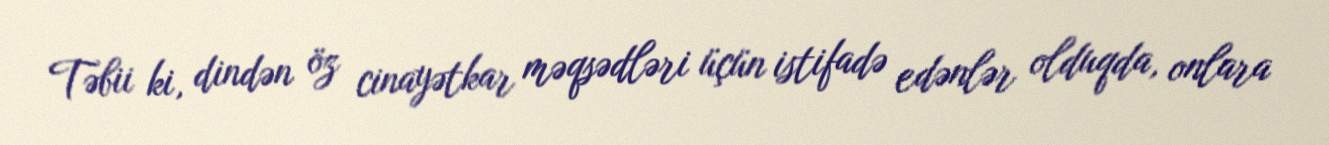
Təbii ki, dindən öz cinayətkar məqsədləri üçün istifadə edənlər olduqda, onlara